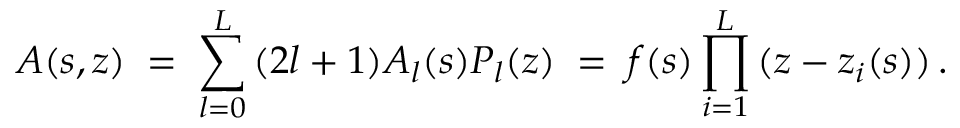
A ( s , z ) \; = \; \sum _ { l = 0 } ^ { L } \, ( 2 l + 1 ) A _ { l } ( s ) P _ { l } ( z ) \; = \; f ( s ) \prod _ { i = 1 } ^ { L } \, ( z - z _ { i } ( s ) ) \, .